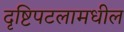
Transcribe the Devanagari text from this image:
दृष्टिपटलामधील